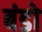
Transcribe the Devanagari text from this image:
बंडो